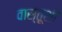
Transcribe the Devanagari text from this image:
वास्तूशी